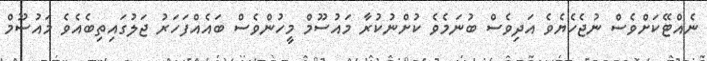
ނެއްޓޭކަށްވެސް ނުޖެހެޔެވެ އަދިވެސް ބުނަމެވެ ކުށްނުކުރާ މައުސޫމް މީހުންވެސް ބައެއްފަހަރު ޖަލުގައިތިބެއެވެ މައުސޫމް